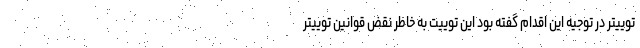
توییتر در توجیه این اقدام گفته بود این توییت به خاطر نقض قوانین توییتر